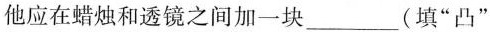
他应在蜡烛和透镜之间加一块___（填”凸”